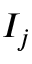
I _ { j }